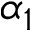
\alpha _ { 1 }